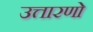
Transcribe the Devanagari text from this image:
उत्तारणो